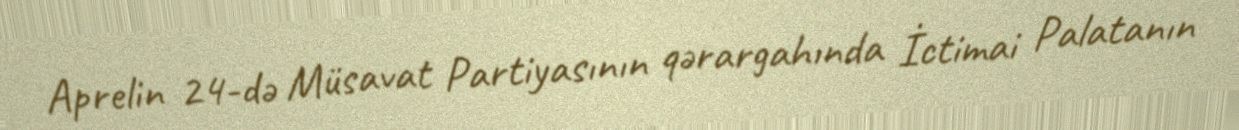
Aprelin 24-də Müsavat Partiyasının qərargahında İctimai Palatanın